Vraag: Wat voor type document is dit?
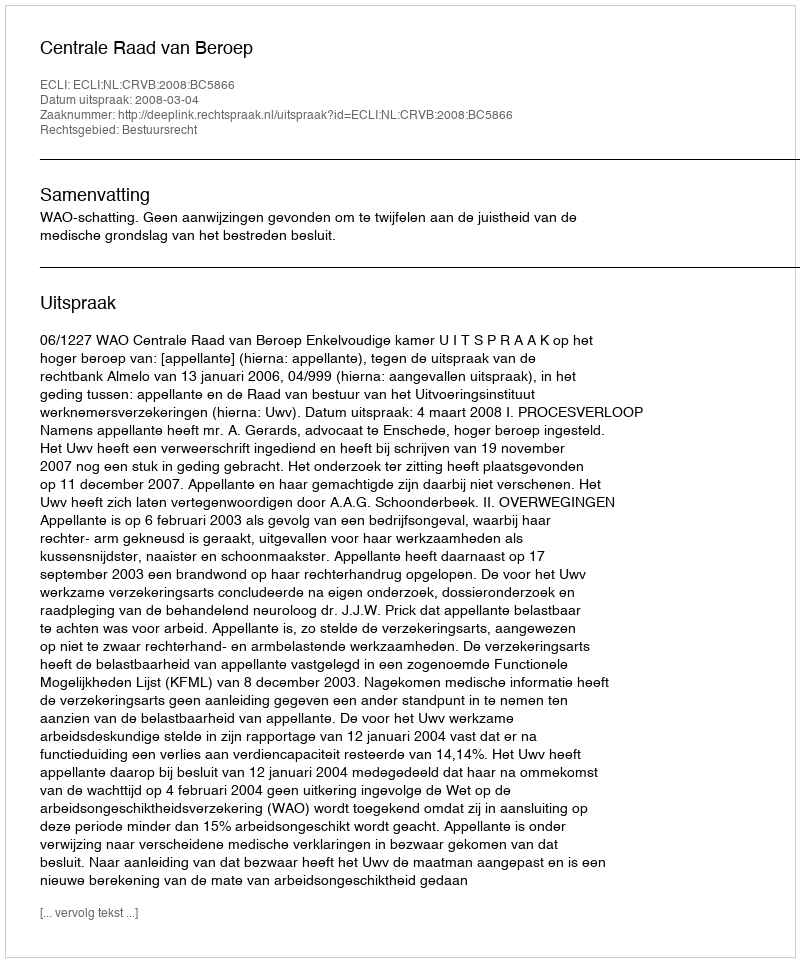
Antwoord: Uitspraak